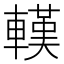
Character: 𨎔